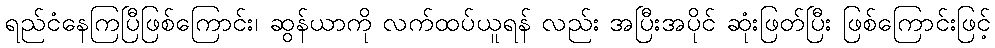
ရည်ငံနေကြပြီဖြစ်ကြောင်း၊ ဆွန်ယာကို လက်ထပ်ယူရန် လည်း အပြီးအပိုင် ဆုံးဖြတ်ပြီး ဖြစ်ကြောင်းဖြင့်